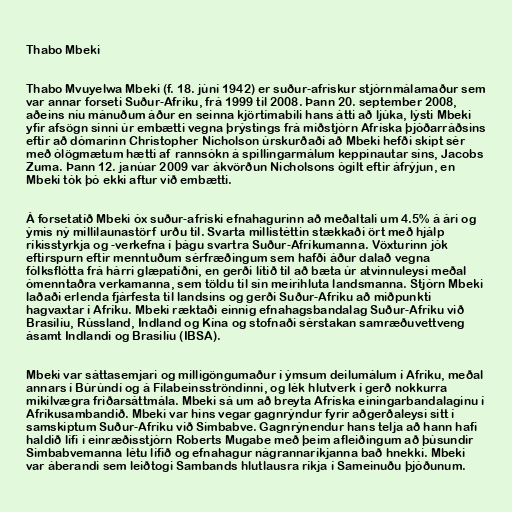
Thabo Mbeki

Thabo Mvuyelwa Mbeki (f. 18. júní 1942) er suður-afrískur stjórnmálamaður sem
var annar forseti Suður-Afríku, frá 1999 til 2008. Þann 20. september 2008,
aðeins níu mánuðum áður en seinna kjörtímabili hans átti að ljúka, lýsti Mbeki
yfir afsögn sinni úr embætti vegna þrýstings frá miðstjórn Afríska þjóðarráðsins
eftir að dómarinn Christopher Nicholson úrskurðaði að Mbeki hefði skipt sér
með ólögmætum hætti af rannsókn á spillingarmálum keppinautar síns, Jacobs
Zuma. Þann 12. janúar 2009 var ákvörðun Nicholsons ógilt eftir áfrýjun, en
Mbeki tók þó ekki aftur við embætti.

Á forsetatíð Mbeki óx suður-afríski efnahagurinn að meðaltali um 4.5% á ári og
ýmis ný millilaunastörf urðu til. Svarta millistéttin stækkaði ört með hjálp
ríkisstyrkja og -verkefna í þágu svartra Suður-Afríkumanna. Vöxturinn jók
eftirspurn eftir menntuðum sérfræðingum sem hafði áður dalað vegna
fólksflótta frá hárri glæpatíðni, en gerði lítið til að bæta úr atvinnuleysi meðal
ómenntaðra verkamanna, sem töldu til sín meirihluta landsmanna. Stjórn Mbeki
laðaði erlenda fjárfesta til landsins og gerði Suður-Afríku að miðpunkti
hagvaxtar í Afríku. Mbeki ræktaði einnig efnahagsbandalag Suður-Afríku við
Brasilíu, Rússland, Indland og Kína og stofnaði sérstakan samræðuvettveng
ásamt Indlandi og Brasilíu (IBSA).

Mbeki var sáttasemjari og milligöngumaður í ýmsum deilumálum í Afríku, meðal
annars í Búrúndí og á Fílabeinsströndinni, og lék hlutverk í gerð nokkurra
mikilvægra friðarsáttmála. Mbeki sá um að breyta Afríska einingarbandalaginu í
Afríkusambandið. Mbeki var hins vegar gagnrýndur fyrir aðgerðaleysi sitt í
samskiptum Suður-Afríku við Simbabve. Gagnrýnendur hans telja að hann hafi
haldið lífi í einræðisstjórn Roberts Mugabe með þeim afleiðingum að þúsundir
Simbabvemanna létu lífið og efnahagur nágrannaríkjanna bað hnekki. Mbeki
var áberandi sem leiðtogi Sambands hlutlausra ríkja í Sameinuðu þjóðunum.